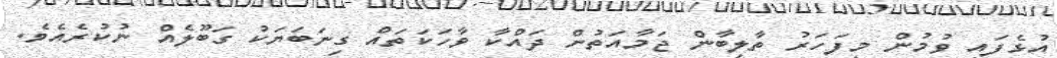
އުޅެފައި ވުމުން މިފަހަރު ތާލިބާން ޖަމާއަތުން ދައްކާ ވާހަކަތައް ގިނަބަޔަކު ގަބޫލެއް ނުކުރެއެވެ.